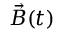
\Vec { B } ( t )